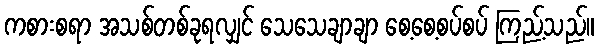
ကစားစရာ အသစ်တစ်ခုရလျှင် သေသေချာချာ စေ့စေ့စပ်စပ် ကြည့်သည်။